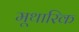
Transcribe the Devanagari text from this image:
मूथारिक